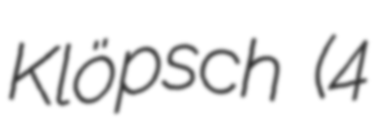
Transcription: Klöpsch (4